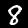
Label: 8